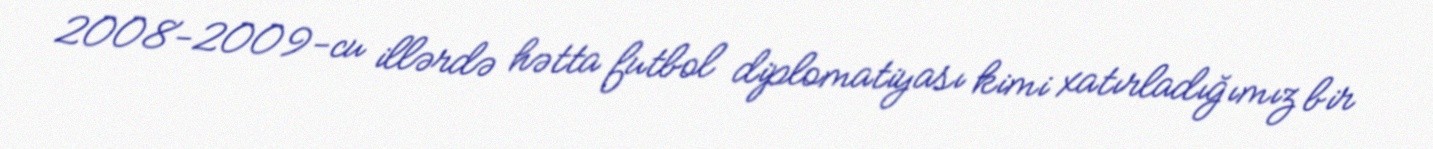
2008-2009-cu illərdə hətta futbol diplomatiyası kimi xatırladığımız bir